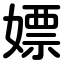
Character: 嫖